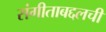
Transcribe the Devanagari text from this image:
संगीताबद्दलची